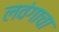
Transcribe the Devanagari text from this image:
लवंगाचा